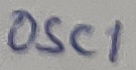
Text: OSC1